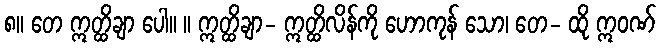
၈။ တေ ဣတ္ထိချာ ပေါ။ ။ ဣတ္ထိချာ- ဣတ္ထိလိန်ကို ဟောကုန် သော၊ တေ- ထို ဣဝဏ်